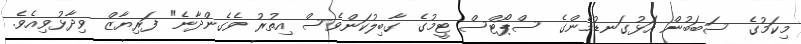
މިކަމުގެ ސަބަބުން އަޅުގަނޑުމެންގެ ސްޕޯޓްސް ޓީމުގެ ގާބިލުކަންވެސް އިތުރު ވެގެންދާނެ" ފަރިޔާޒް ވިދާޅުވިއެވެ.